Vaccination returns of the Province of Eastern Bengal and Assam - 1905-1912
Year: 1905
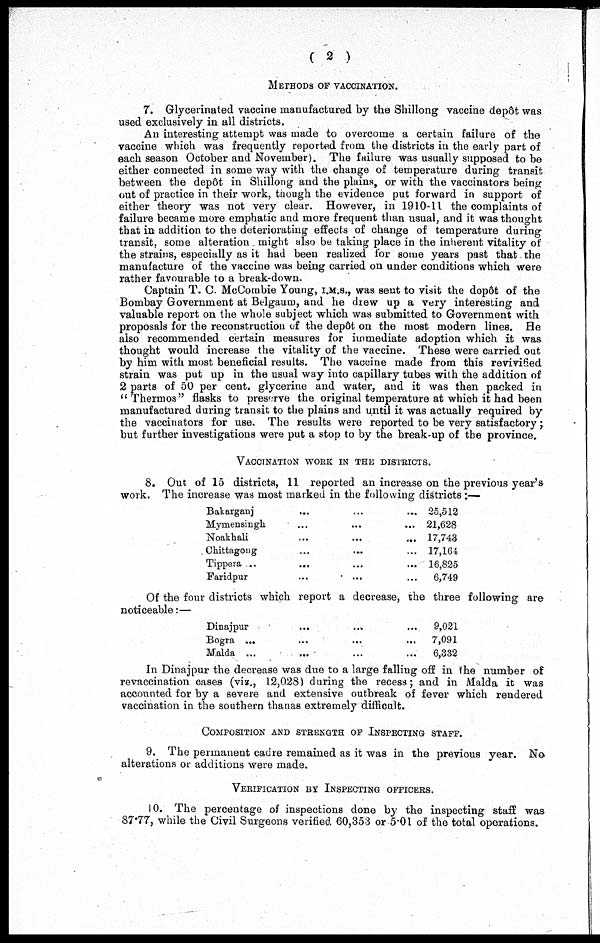
( 2 )
METHODS OF VACCINATION.
7. Glycerinated vaccine manufactured by the Shillong vaccine depôt was
used exclusively in all districts.
An interesting attempt was made to overcome a certain failure of the
vaccine which was frequently reported from the districts in the early part of
each season October and November). The failure was usually supposed to be
either connected in some way with the change of temperature during transit
between the depôt in Shillong and the plains, or with the vaccinators being
out of practice in their work, though the evidence put forward in support of
either theory was not very clear. However, in 1910-11 the complaints of
failure became more emphatic and more frequent than usual, and it was thought
that in addition to the deteriorating effects of change of temperature during
transit, some alteration might also be taking place in the inherent vitality of
the strains, especially as it had been realized for some years past that. the
manufacture of the vaccine was being carried on under conditions which were
rather favourable to a break-down.
Captain T. C. McCombie Young, I.M.S., was sent to visit the dopôt of the
Bombay Government at Belgaum, and he drew up a very interesting and
valuable report on the whole subject which was submitted to Government with
proposals for the reconstruction of the depôt on the most modern lines. He
also recommended certain measures for immediate adoption which it was
thought would increase the vitality of the vaccine. These were carried out
by him with most beneficial results. The vaccine made from this revivified
strain was put up in the usual way into capillary tubes with the addition of
2 parts of 50 per cent. glycerine and water, and it was then packed in
" Thermos" flasks to preserve the original temperature at which it had been
manufactured during transit to the plains and until it was actually required by
the vaccinators for use. The results were reported to be very satisfactory ;
but further investigations were put a stop to by the break-up of the province.
VACCINATION WORK IN THE DISTRICTS.
8. Out of 15 districts, 11 reported an increase on the previous year's
work. The increase was most marked in the following districts:—
Bakarganj ... ... ...
Mymensingh ... ... ...
Noakhali
...
...
...
Chittagong ... ... ...
Tippera ... ... ...
Faridpur ... ... ...
25,512
21,628
17,743
17,164
16,825
6,749
Of the four districts which report a decrease, the three following are
noticeable:—
Dinajpur
...
...
...
Bogra
...
...
...
Malda
...
...
9,021
7,091
6,832
In Dinajpur the decrease was due to a large falling off in the number of
revaccination cases (viz., 12,028) during the recess; and in Malda it was
accounted for by a severe and extensive outbreak of fever which rendered
vaccination in the southern thanas extremely difficult.
COMPOSITION AND STRENGTH OF INSPECTING STAFF.
9. The permanent cadre remained as it was in the previous year. No
alterations or additions were made.
VERIFICATION BY INSPECTING OFFICERS.
10. The percentage of inspections done by the inspecting staff was
87.77, while the Civil Surgeons verified 60,353 or 5.01of the total operations.